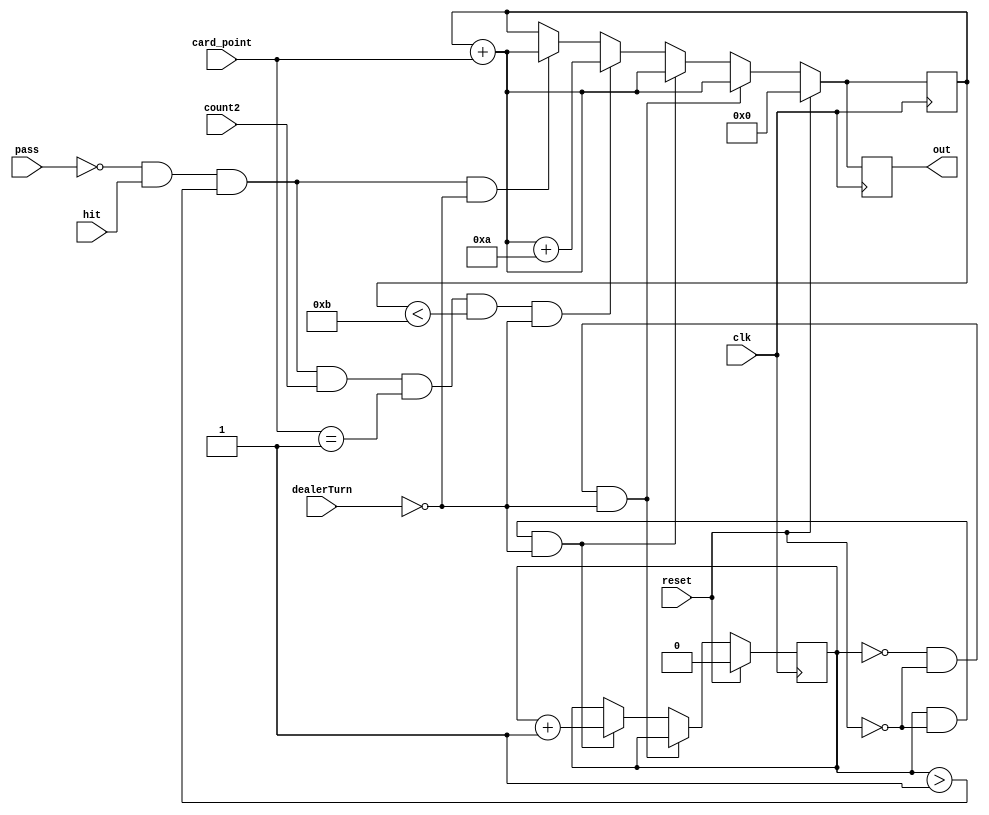


module adder(clk, card_point, out, hit, pass, reset, count2, dealerTurn);
input [3:0] card_point;
input hit, pass, reset, clk, count2, dealerTurn;
output reg [5:0] out;

reg count = 0;
reg [5:0] out_n = 0;



always @(posedge clk)
begin
if(reset == 1) begin
count = 0;
out = 6'd0;
out_n = 6'd0;
end else if(count == 0 && reset == 0 && dealerTurn == 0) begin
out_n = out_n + card_point;
//count = count +1'd1;
end else if (count == 1 && reset == 0 && dealerTurn == 0) begin
out_n = out_n + card_point;
count = count + 1'd1;
//out = out_n;
end else if(pass==0 && hit==1 && count > 1 && count2==1 && card_point==1 && out_n < 4'd11 && dealerTurn == 0)begin
out_n = out_n + card_point +4'd10;
//out = out_n;
end else if(pass==0 && hit==1 && count > 1 && dealerTurn == 0) begin
out_n = out_n + card_point;
//out = out_n;
//end else if(pass==1 || hit==0 && count > 1 && dealerTurn == 0) begin
//out = out_n;
end
out = out_n;
end
endmodule

module adderD(clk, card_point, out, reset, count2, dealerTurn);
input [3:0] card_point;
input reset, clk, count2, dealerTurn;
output reg [5:0] out;

reg count = 0; 
reg [5:0] out_n = 0;

always @(posedge clk)
begin
if(reset == 1) begin
count = 0;
out = 6'd0;
out_n = 6'd0;
end else if(count == 0 && reset == 0 && dealerTurn == 1) begin
out_n = out_n + card_point;
count = count +1'd1;
//out = out_n;
end else if(count != 0 && count2==1 && card_point==1 && out_n < 4'd11 && dealerTurn == 1)begin
out_n = out_n + card_point +4'd10;
//out = out_n;
end else if(count != 0 && out_n < 5'd17 && dealerTurn == 1) begin
out_n = out_n + card_point;
//out = out_n;
//end else if(count != 0 && out_n >= 17 && dealerTurn == 1) begin
//out <= out_n;
end
out = out_n;
end
endmodule